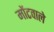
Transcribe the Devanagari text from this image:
मोंटवाले